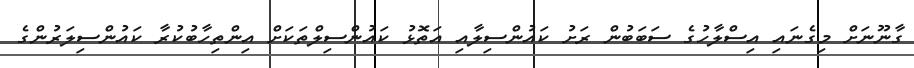
ގާނޫނަށް މިގެނައި އިސްލާހުގެ ސަބަބުން ރަށު ކައުންސިލާއި އަތޮޅު ކައުންސިލްތަކަށް އިންތިހާބުކުރާ ކައުންސިލަރުންގެ